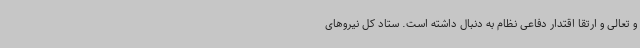
و تعالی و ارتقا اقتدار دفاعی نظام به دنبال داشته است. ستاد کل نیروهای